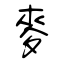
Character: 麥